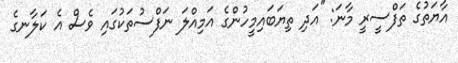
އާޔަތުގެ ތަފްސީރީ މާނަ: ''އަދި ތިޔަބައިމީހުންގެ އަމިއްލަ ނަފްސުތަކުގައި ވެސް އެ ކަލާނގެ